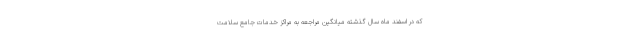
که در اسفند ماه سال گذشته میانگین مراجعه به مراکز خدمات جامع سلامت